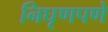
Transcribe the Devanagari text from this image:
निघृणपणे